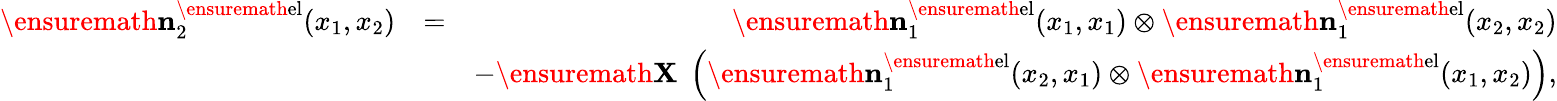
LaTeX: \begin{array}{rlr}{\ensuremath{\mathbf{n}}_{2}^{\ensuremath{\mathrm{el}}}(x_{1},x_{2})}&{=}&{\ensuremath{\mathbf{n}}_{1}^{\ensuremath{\mathrm{el}}}(x_{1},x_{1})\otimes\ensuremath{\mathbf{n}}_{1}^{\ensuremath{\mathrm{el}}}(x_{2},x_{2})}\\ &{}&{-\ensuremath{\mathbf{X}}\; \left(\ensuremath{\mathbf{n}}_{1}^{\ensuremath{\mathrm{el}}}(x_{2},x_{1})\otimes\ensuremath{\mathbf{n}}_{1}^{\ensuremath{\mathrm{el}}}(x_{1},x_{2})\right),}\end{array}